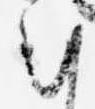
朝